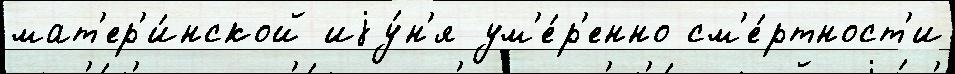
мат'ер'и́нской иjу́н'я ум'е́р'енно см'е́ртност'и